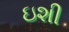
ઇશી